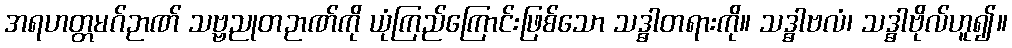
အရဟတ္တမဂ်ဉာဏ် သဗ္ဗညုတဉာဏ်ကို ယုံကြည်ကြောင်းဖြစ်သော သဒ္ဓါတရားကို။ သဒ္ဓါဗလံ၊ သဒ္ဓါဗိုလ်ဟူ၍။